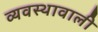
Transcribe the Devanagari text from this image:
व्यवस्थावाली